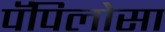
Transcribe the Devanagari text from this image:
पॅपिलोसा